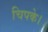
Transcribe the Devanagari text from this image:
चिपके।